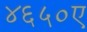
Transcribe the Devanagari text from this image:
४६५०ए